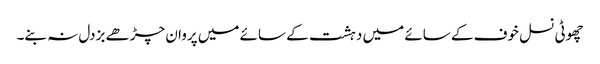
چھوٹی نسل خوف کے سائے میں دہشت کے سائے میں پروان چڑھے بزدل نہ بنے۔